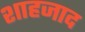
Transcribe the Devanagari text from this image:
शाहजाद